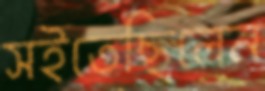
সইতেছিলেন